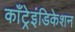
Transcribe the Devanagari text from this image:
काँट्रेइंडिकेशन